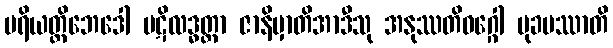
ပရိယတ္တိဘေဒေါ ပဋိလဒ္ဓတ္တာ ဇာနိမှာတိအာဒီသု အနုဿတိဝဂ္ဂေါ မုခမဿာတိ